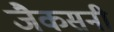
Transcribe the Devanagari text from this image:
जैकसनी